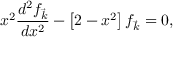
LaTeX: x ^ { 2 } \frac { d ^ { 2 } f _ { \vec { k } } } { d x ^ { 2 } } - \left[ 2 - x ^ { 2 } \right] f _ { \vec { k } } = 0 ,